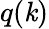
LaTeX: q(\mathit{k})